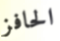
الحافز